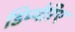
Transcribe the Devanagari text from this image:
डिप्थेरिए